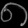
Digit: ၈